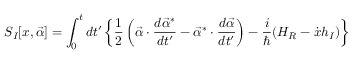
S _ { I } [ x , \vec { \alpha } ] = \int _ { 0 } ^ { t } { d t ^ { \prime } } \left\{ \frac { 1 } { 2 } \left( \vec { \alpha } \cdot \frac { d \vec { \alpha } ^ { * } } { d t ^ { \prime } } - \vec { \alpha } ^ { * } \cdot \frac { d \vec { \alpha } } { d t ^ { \prime } } \right) - \frac { i } { \hbar } ( H _ { R } - \dot { x } h _ { I } ) \right\}